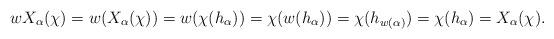
LaTeX: \begin{align*}wX_{\alpha}(\chi)=w(X_{\alpha}(\chi))=w(\chi(h_{\alpha}))=\chi(w(h_{\alpha}))=\chi(h_{w(\alpha)})=\chi(h_{\alpha})=X_{\alpha}(\chi).\end{align*}